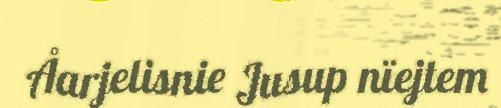
Åarjelisnie Jusup nïejtem